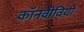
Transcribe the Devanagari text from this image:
कॉनवीवियो